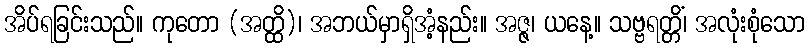
အိပ်ရခြင်းသည်။ ကုတော (အတ္ထိ)၊ အဘယ်မှာရှိအံ့နည်း။ အဇ္ဇ၊ ယနေ့။ သဗ္ဗရတ္တိံ၊ အလုံးစုံသော